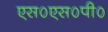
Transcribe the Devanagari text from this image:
एस०एस०पी०